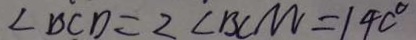
\angle B C D = 2 \angle B C M = 1 4 0 ^ { \circ }